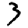
Digit: 3